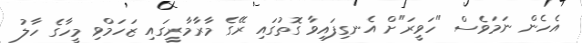
އެހެން ނަމަވެސް "ހަވީރަ"ށް އެނގިފައިވާ ގޮތުގައި ރޭގެ މާރާމާރީގައި ޒަހަމްވި މީހާގެ ހާލު